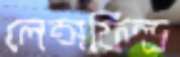
লেন্সফিল্ড